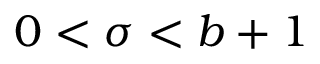
0 < \sigma < b + 1